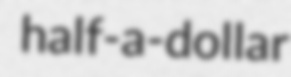
half-a-dollar